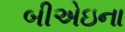
બીએઇના